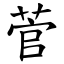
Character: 菅